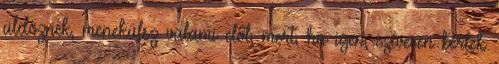
üldöznek, menekülsz valami elől, mert, ha igen, szívesen bérlek